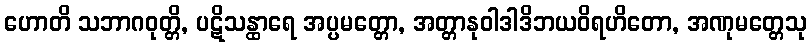
ဟောတိ သဘာဂဝုတ္တိ, ပဋိသန္ထာရေ အပ္ပမတ္တော, အတ္တာနုဝါဒါဒိဘယဝိရဟိတော, အဏုမတ္တေသု